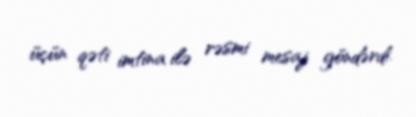
üçün qəti imtina ilə rəsmi mesaj göndərdi.